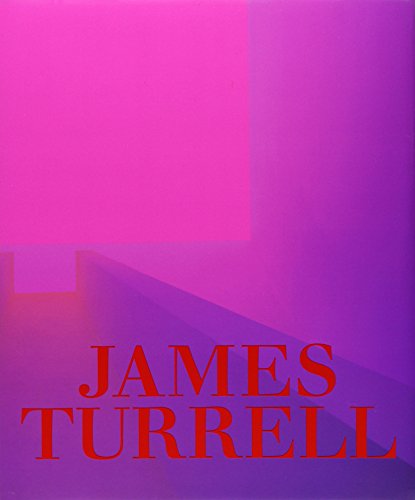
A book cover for James Turrell: A Retrospective; Michael Govan; Arts & Photography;